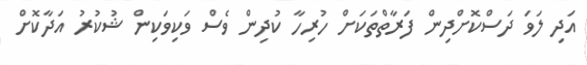
އަދި ލަވަ ދަސްކޮށްދިން ފަރާތްތަކަށް ހުރިހާ ކުދިން ވެސް ވަކިވަކިން ޝުކުރު އަދާކޮށް